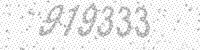
Solution: 919333